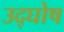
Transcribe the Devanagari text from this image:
उद्‌घोष